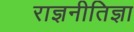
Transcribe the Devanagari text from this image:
राज्ञनीतिज्ञा